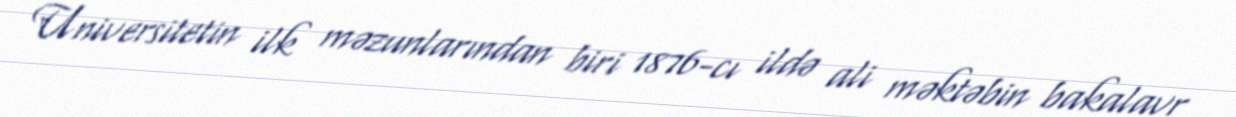
Universitetin ilk məzunlarından biri 1876-cı ildə ali məktəbin bakalavr